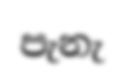
පැනැ